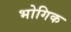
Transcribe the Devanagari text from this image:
भोगिक